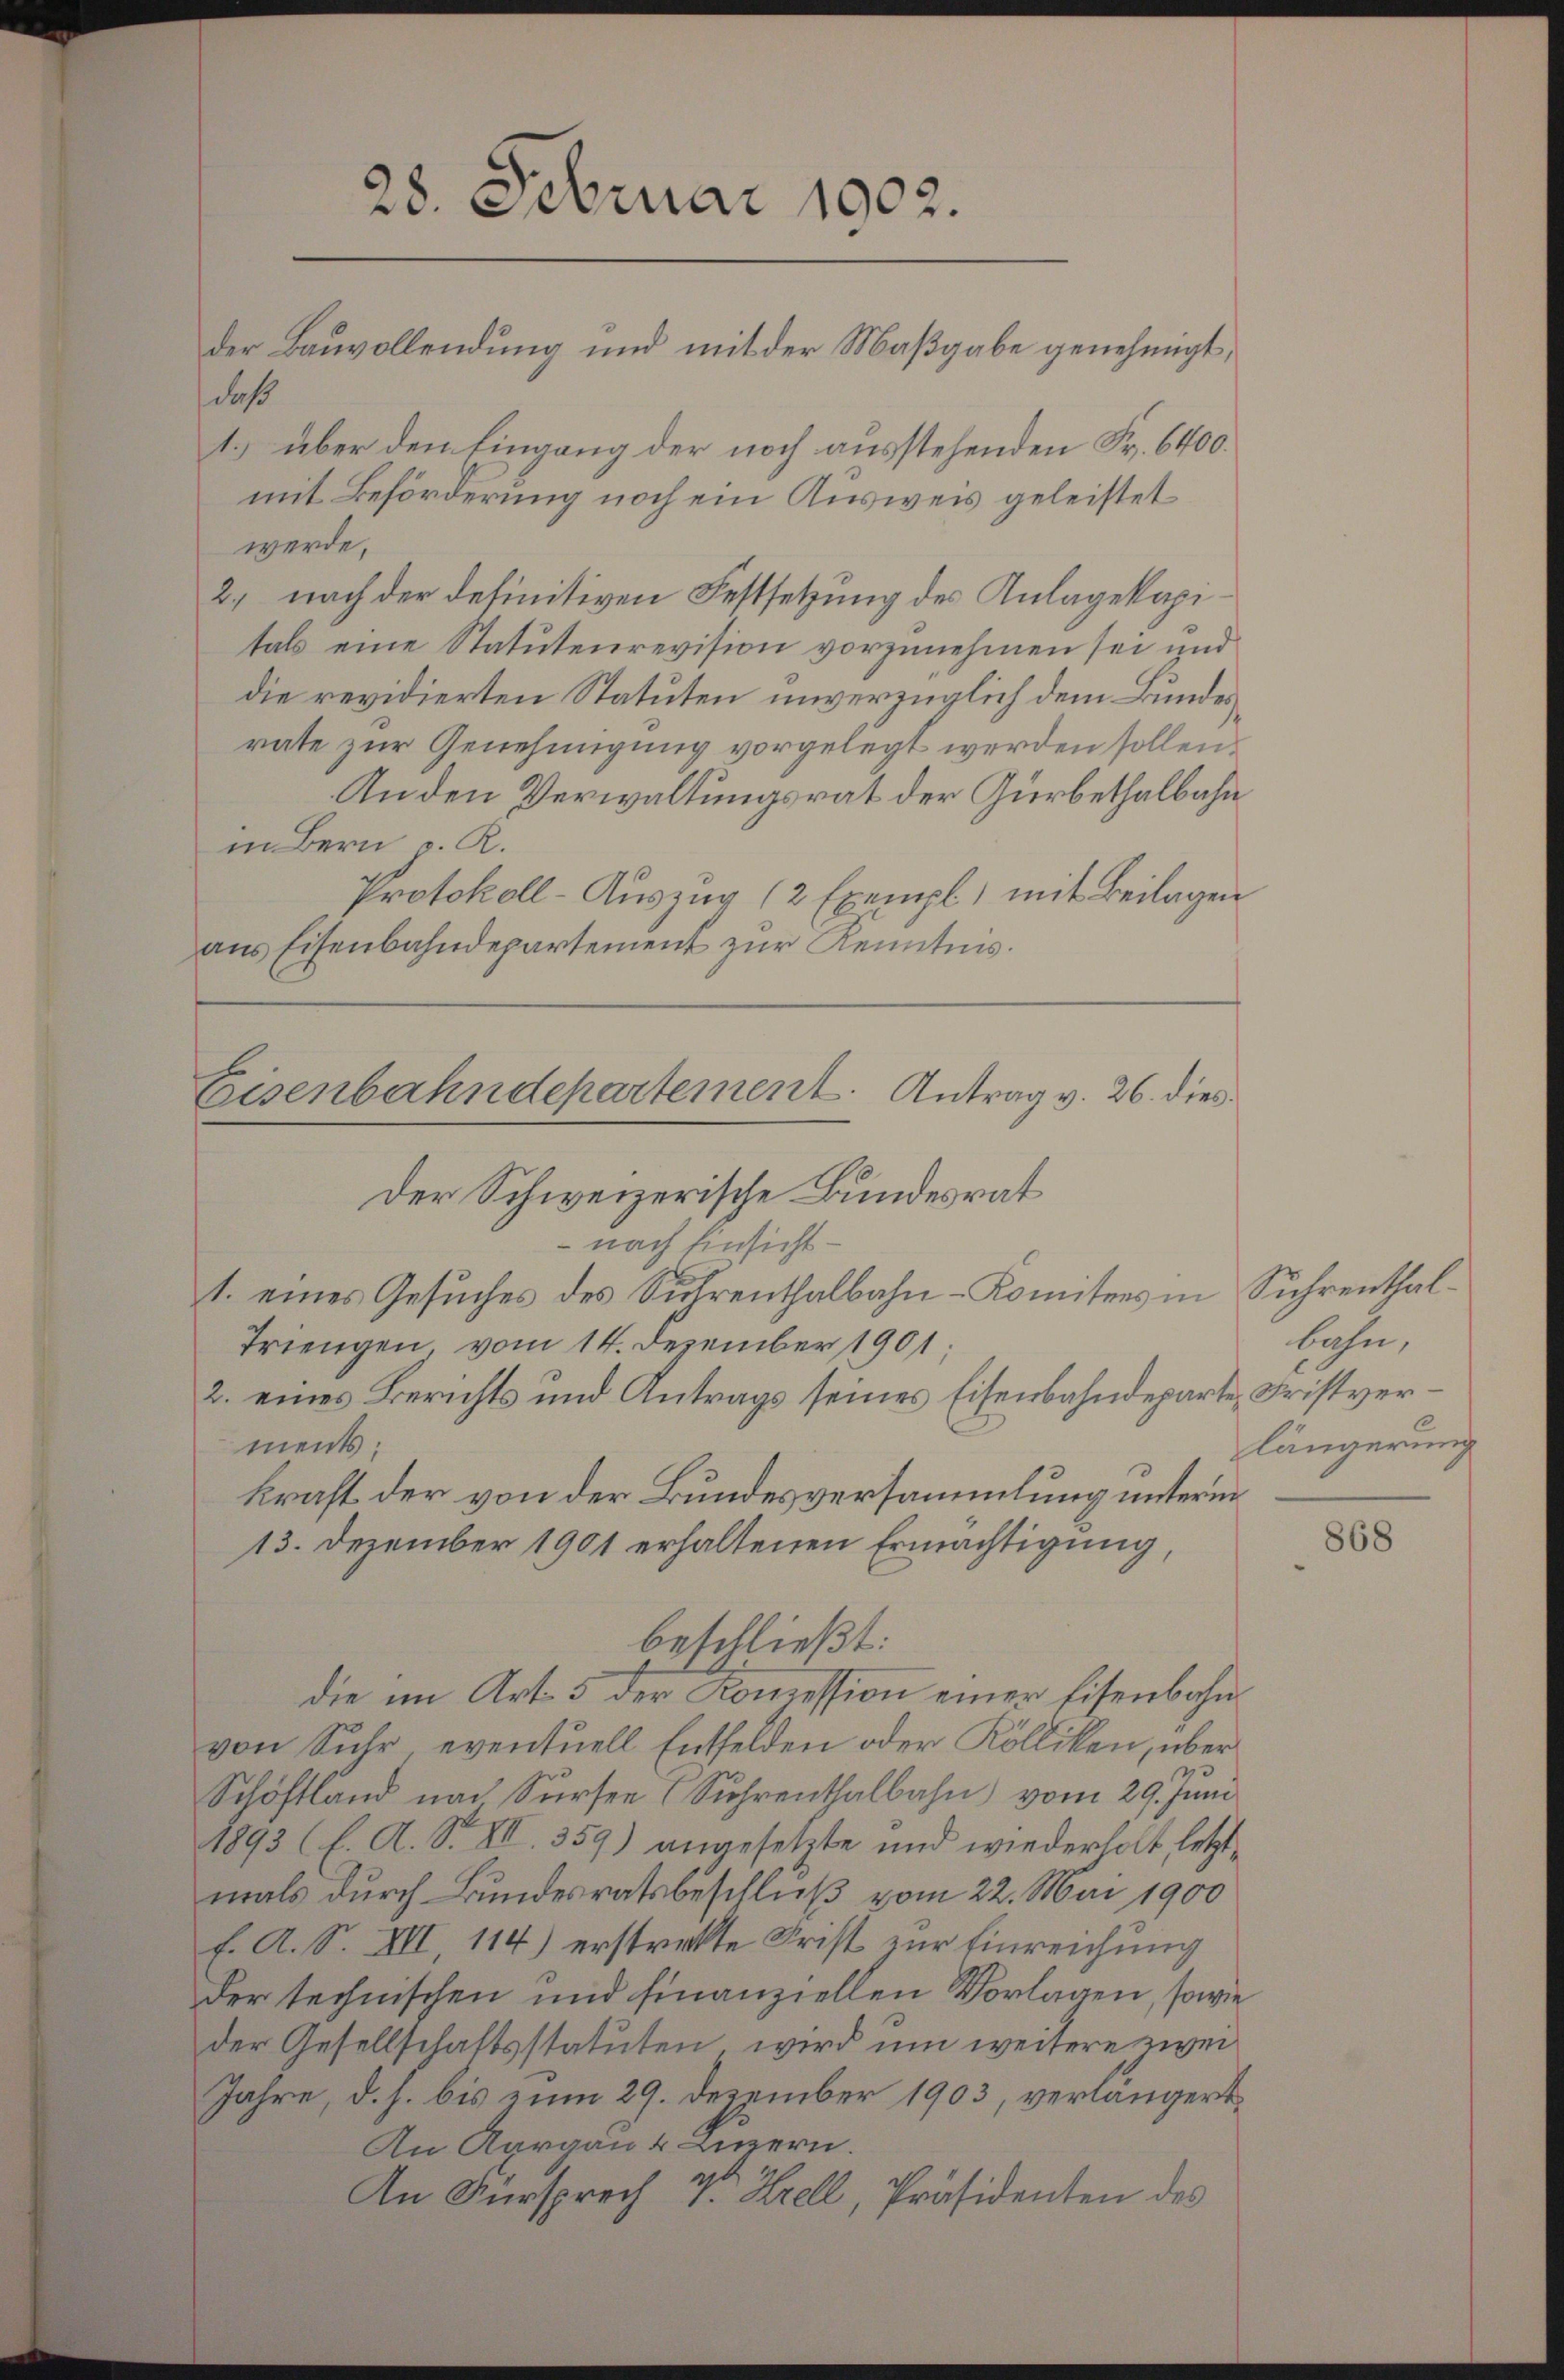
daß
1.) über den Eingang der noch ausstehenden Fr. 6400.
mit Beförderung noch ein Ausweis geleistet
werde,
2) nach der definitiven Festsetzung des Anlagekapitals eine Statutenrevision vorzunehmen sei und
die revidierten Statuten unverzüglich dem Bundesrate zur Genehmigung vorgelegt werden sollen.
Anden Verwaltungsrat der Gürbethalbahn
in Bern v. K.
Protokoll-Auszug (2 Exempl, mit Beilagen
aus Eisenbahndepartement zur Kenntnis.

28. Februar 1902.
der Bauvollendung und mit der Maßgabe genehmigt,

Eisenbahndepartement. Antrag v. 26. dies
Der Schweizerische Bundesrat
 nach Einsicht¬
1. eines Gesuches des Suhrenthalbahn-Komitees in Sührenthal¬

Triengen, vom 14. Dezember 1901.
ments;
die im Art. 5 der Konzession einer Eisenbahnvon Suhr, eventuell Entfelden oder Kölliken, über
Schöftland nach Sursee (Schrenthalbahn vom 29. Juni
1893 (E. A. S. VII. 359) angesetzte und wiederholt, letztmals durch Bundesratsbeschluß vom 22. Mai 1900
E. A. S. XII 114) erstrekte Frist zur Einreichung
der technischen und finanziellen Vorlagen, sowie
der Gesellschaftsstatuten, wird um weitere zwei¬
Jahre, d. h. bis zum 29. Dezember 1903, verlängert
An Aargau Ziern.
An Fürsprech v. Krell, Präsidenten des

2. eines Berichts und Antrags seines Eisenbahndeparte Fristverkraft der von der Bundesversammlung unterm

13. Dezember 1901 erhaltenen Ermächtigung,
beschließt:

bahn,
längerung

868